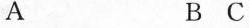
A B C